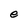
Character: e